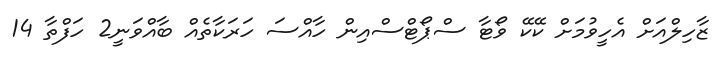
ޒާހިލްއަށް އެހީވުމަށް ކޭކޭ ވޯޓާ ސްޕޯޓްސްއިން ހާއްސަ ހަރަކާތެއް ބާއްވަނީ2 ހަފްތާ 14